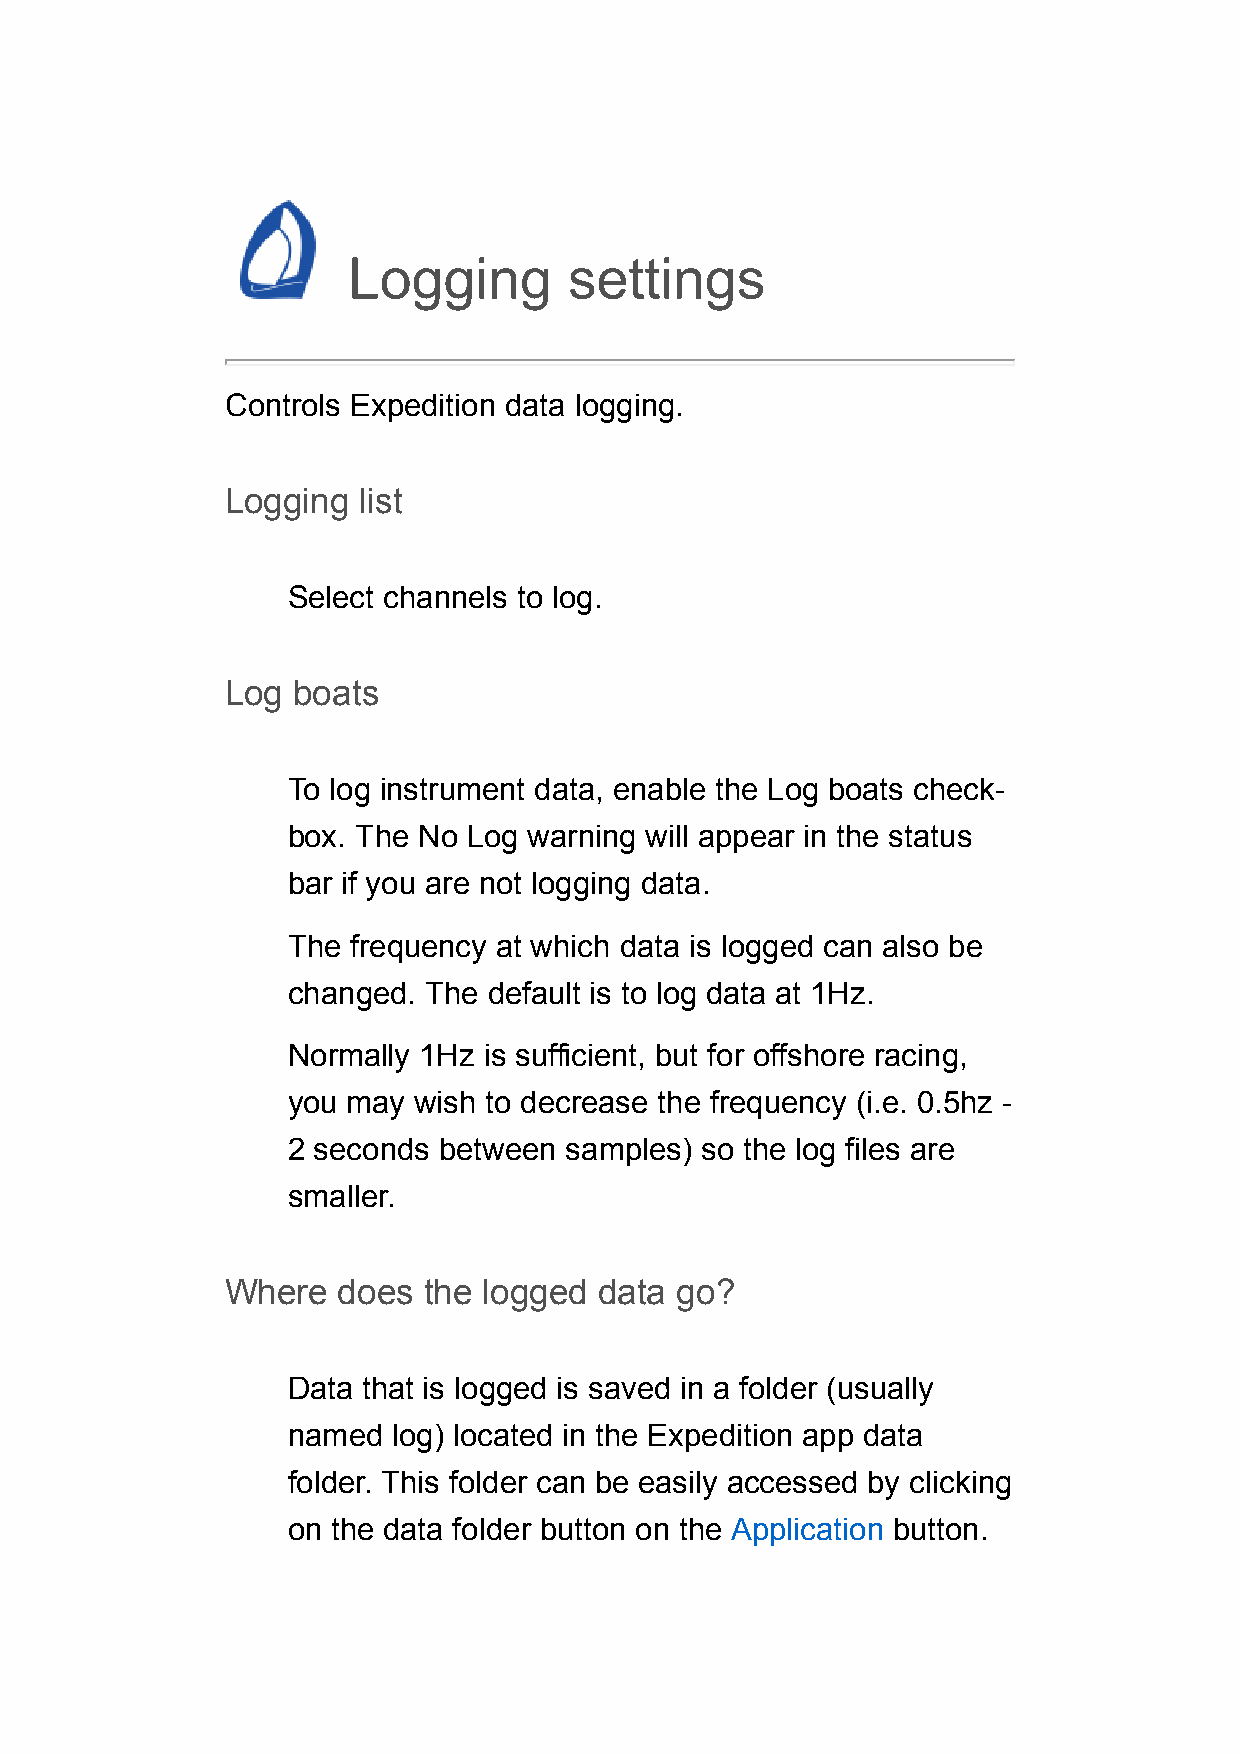
Logging        settings
 Controls Expedition data logging.
 Logging  list
 Select channels to log.
 Log boats
 To log instrument data, enable the Log boats check-
 box. The No Log warning will appear in the status
 bar if you are not logging data.
 The frequency at which data is logged can also be
 changed. The default is to log data at 1Hz.
 Normally 1Hz is sufficient, but for offshore racing,
 you may wish to decrease the frequency (i.e. 0.5hz -
 2 seconds between samples) so the log files are
 smaller.
 Where  does  the logged  data go?
 Data that is logged is saved in a folder (usually
 named  log) located in the Expedition app data
 folder. This folder can be easily accessed by clicking
 on the data folder button on the Application button.